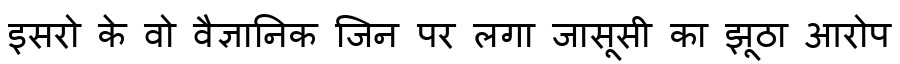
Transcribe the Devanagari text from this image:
इसरो के वो वैज्ञानिक जिन पर लगा जासूसी का झूठा आरोप